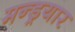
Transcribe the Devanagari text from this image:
मन्ड्रयार